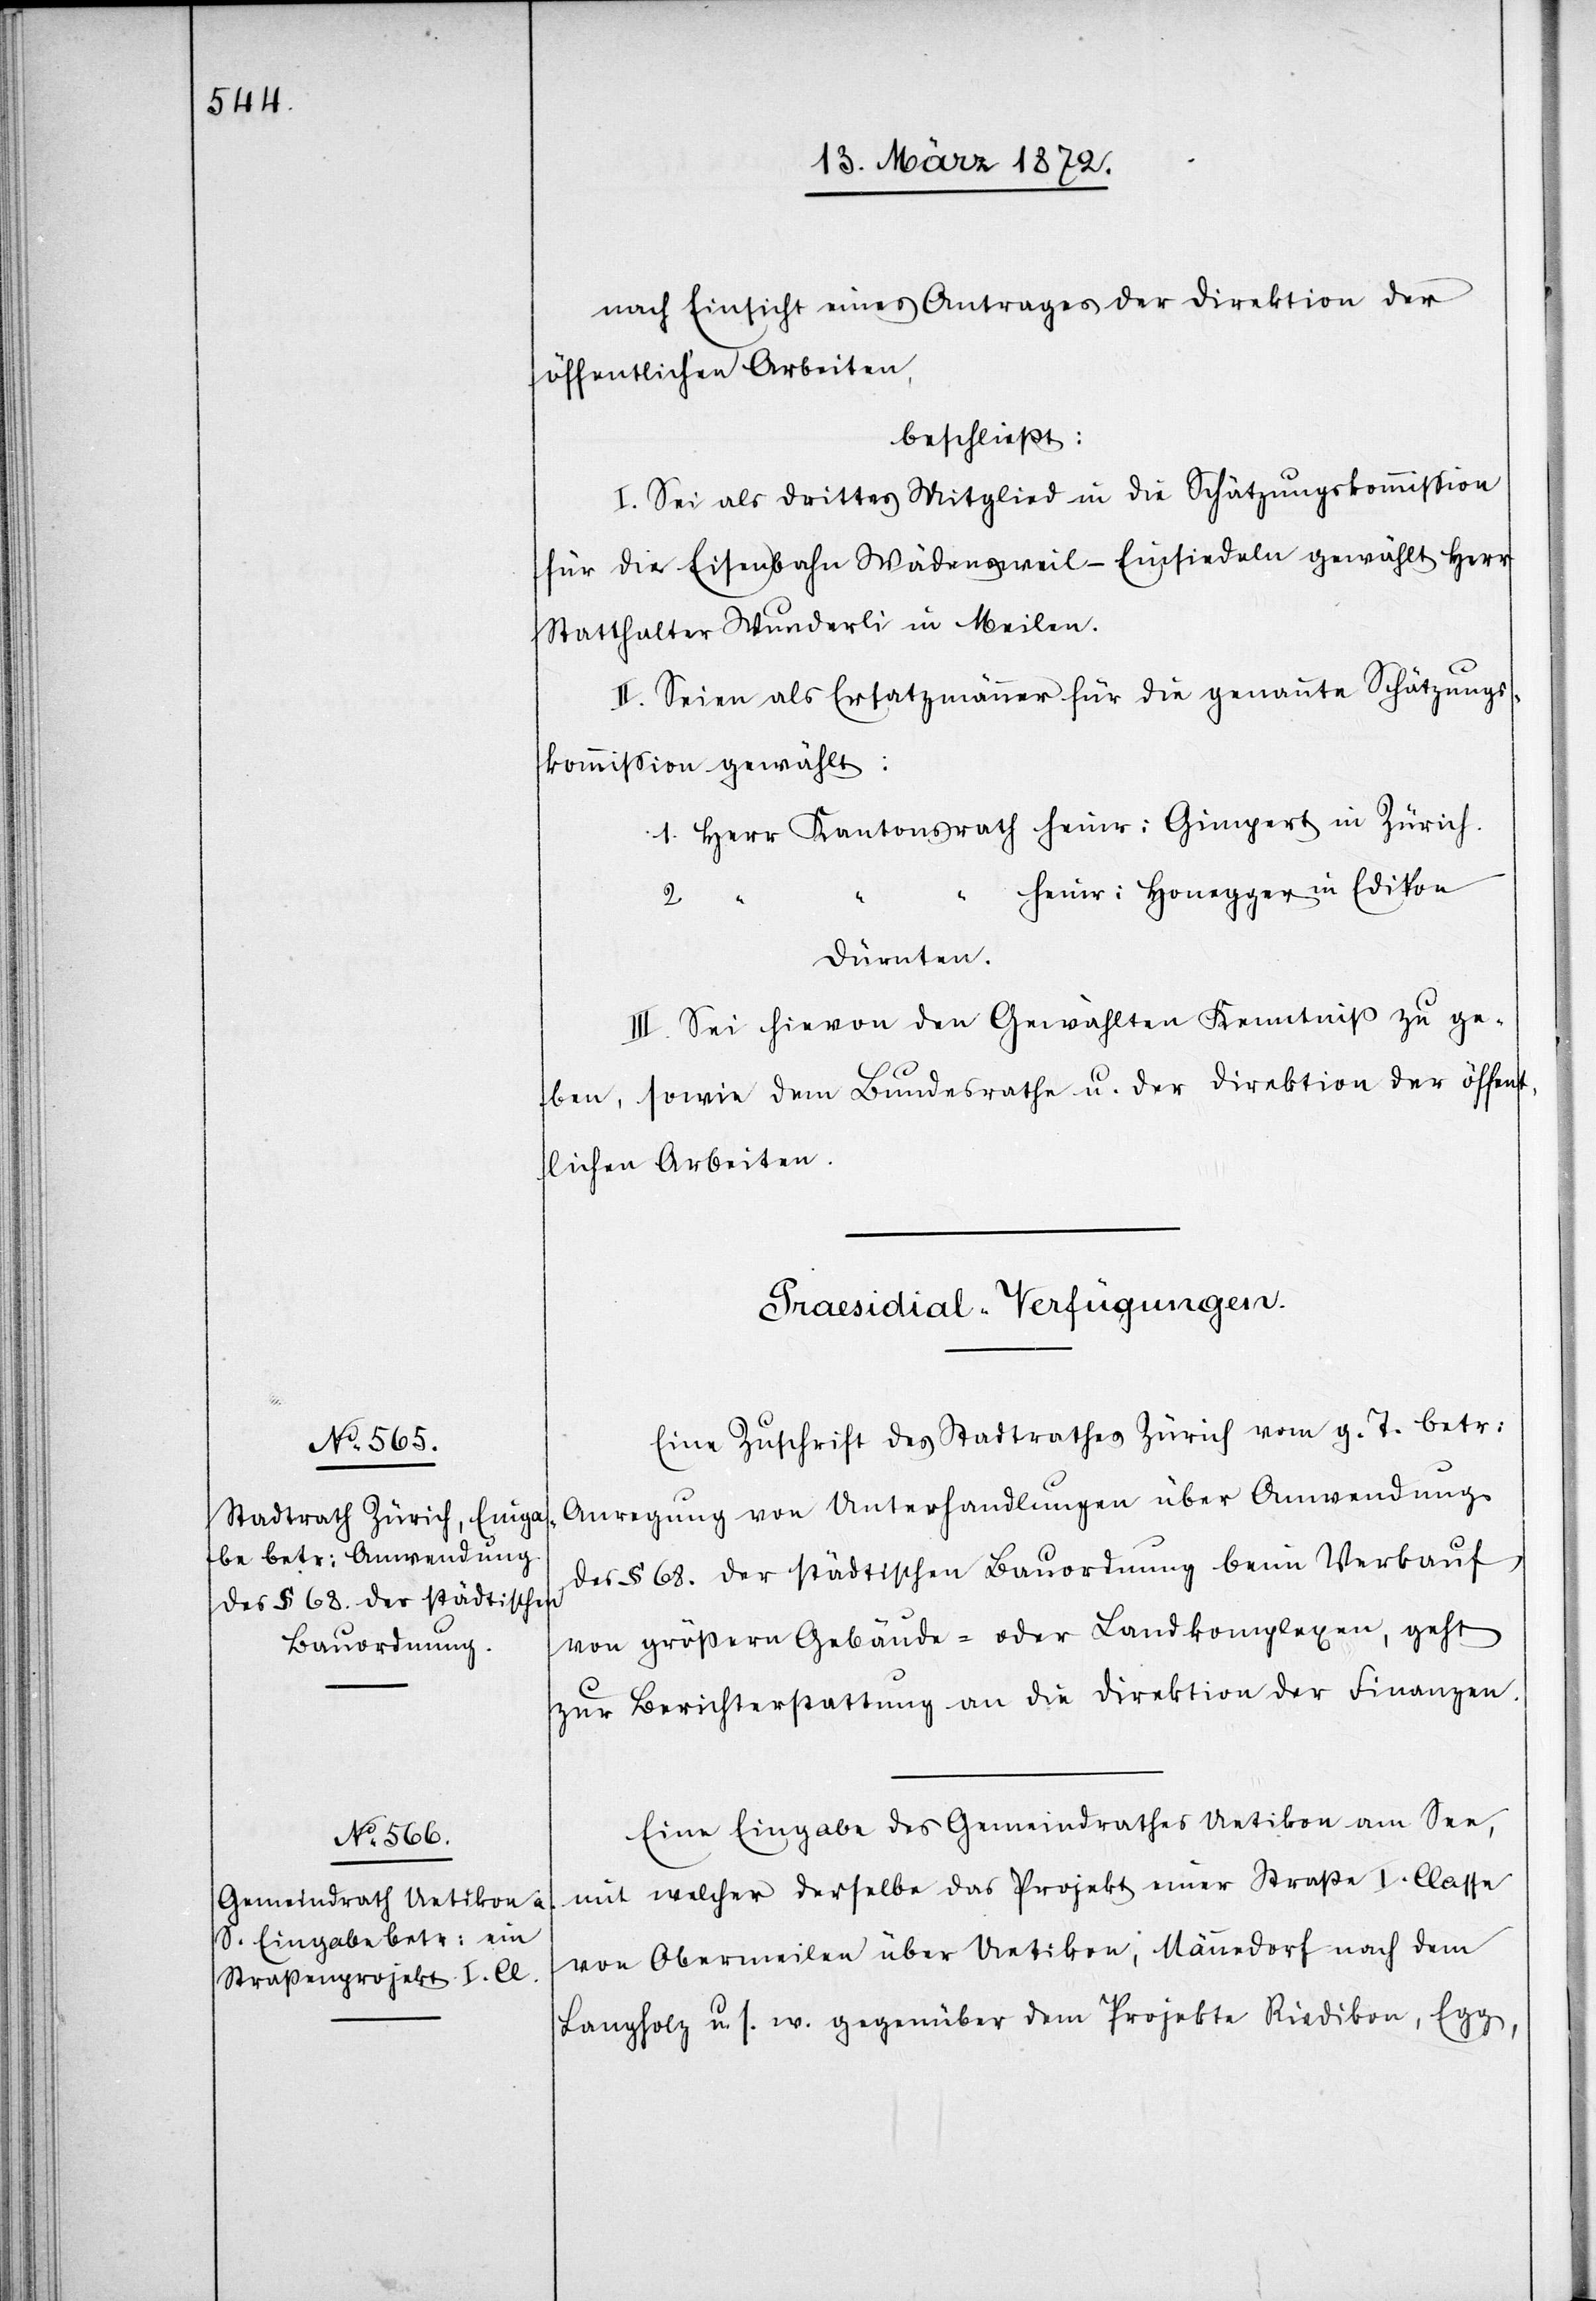
nach Einsicht eines Antrages der Direktion der
öffentlichen Arbeiten,
beschließt:
I. Sei als drittes Mitglied in die Schätzungskommission
für die Eisenbahn Wädensweil–Einsiedeln gewählt Herr
Statthalter Wunderli in Meilen.
II. Seien als Ersatzmänner für die genannte Schätzungs¬
kommission gewählt:
1. Herr Kantonsrath Heinr: Gimpert in Zürich.
Heinr: Honegger in Edikon
“
“
Dürnten.
III. Sei hievon den Gewählten Kenntniß zu ge¬
ben, sowie dem Bundesrathe u. der Direktion der öffent¬
lichen Arbeiten.
[Praesidial-Verfügungen]
Eine Zuschrift des Stadtrathes Zürich vom g. T. betr:
Anregung von Unterhandlungen über Anwendung
des § 68. der städtischen Bauordnung beim Verkauf
von größern Gebäude- oder Landkomplexen, geht
zur Berichterstattung an die Direktion der Finanzen.
Eine Eingabe des Gemeindrathes Uetikon am See,
mit welcher derselbe das Projekt einer Straße I. Classe
von Obermeilen über Uetikon, Männedorf nach dem
Langholz u. s. w. gegenüber dem Projekte Riedikon, Egg,